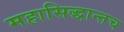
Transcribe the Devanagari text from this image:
महासिद्धान्तच